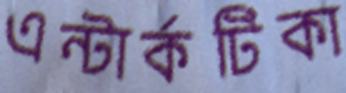
এন্টার্কটিকা